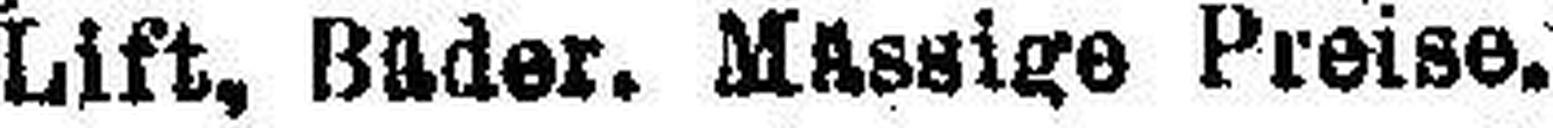
Lift, Bader. Mässige Preise.